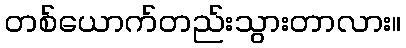
တစ်ယောက်တည်းသွားတာလား။